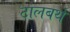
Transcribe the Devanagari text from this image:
टालबर्थ